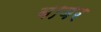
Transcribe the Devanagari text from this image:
बाबर